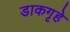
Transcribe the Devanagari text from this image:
डाकगृहे